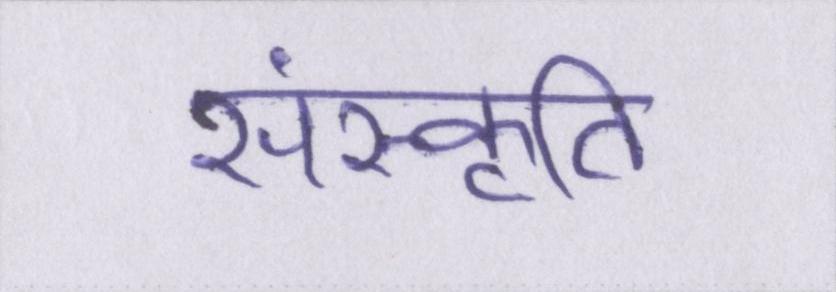
संस्कृति